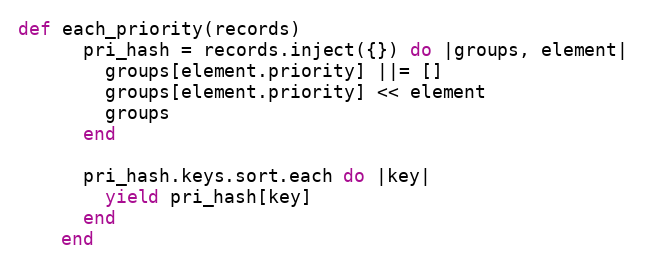
Language: Ruby
def each_priority(records)
      pri_hash = records.inject({}) do |groups, element|
        groups[element.priority] ||= []
        groups[element.priority] << element
        groups
      end

      pri_hash.keys.sort.each do |key|
        yield pri_hash[key]
      end
    end